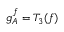
g _ { A } ^ { f } = T _ { 3 } ( f )